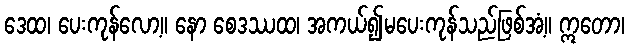
ဒေထ၊ ပေးကုန်လော့။ နော စေဒဿထ၊ အကယ်၍မပေးကုန်သည်ဖြစ်အံ့။ ဣတော၊